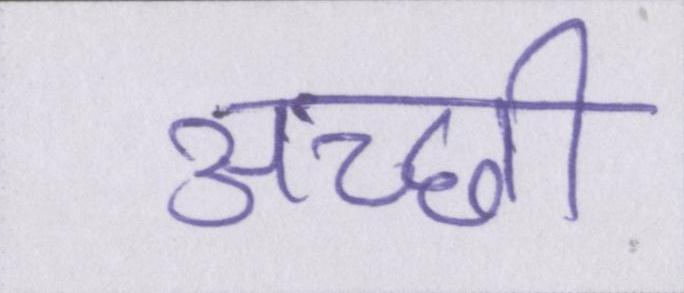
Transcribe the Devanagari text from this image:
अच्छी